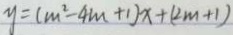
y = ( m ^ { 2 } - 4 m + 1 ) x + ( 2 m + 1 )